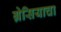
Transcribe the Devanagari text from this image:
ग्रेसियाचा